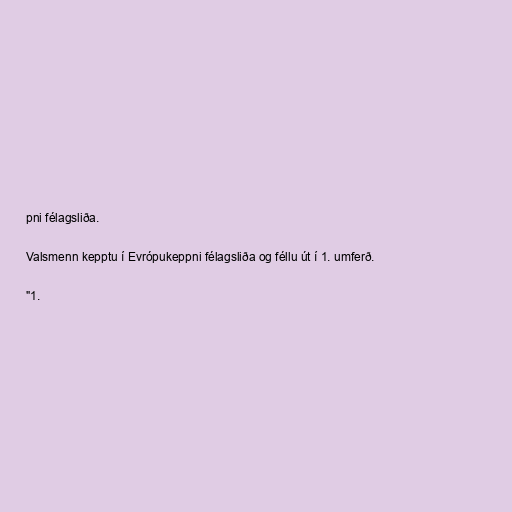
pni félagsliða.

Valsmenn kepptu í Evrópukeppni félagsliða og féllu út í 1. umferð.

"1.